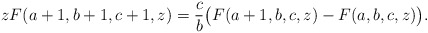
\begin{align*}zF(a+1, b+1, c+1, z)=\frac{c}{b}\big(F(a+1,b,c,z)-F(a,b,c,z)\big).\end{align*}